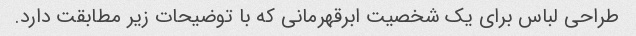
طراحی لباس برای یک شخصیت ابرقهرمانی که با توضیحات زیر مطابقت دارد.